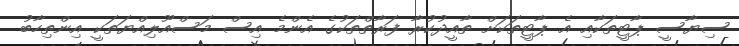
ސިޔާސީ ޕާޓީތަކާއި އެ ޕާޓީތަކަށް ތާއީދުކުރާ ފަރާތްތަކުގެ އެންމެ އިސް މަސްއޫލިއްޔަތަކީ އިންތިހާބު